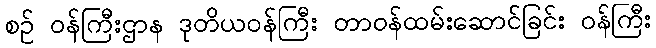
စဉ် ဝန်ကြီးဌာန ဒုတိယဝန်ကြီး တာဝန်ထမ်းဆောင်ခြင်း ဝန်ကြီး